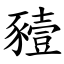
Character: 豷